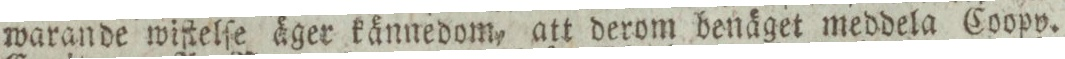
warande wiſtelſe äger kännedom, att derom benäget meddela Coopv.